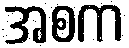
အစက